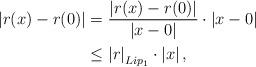
LaTeX: \begin{align*}\left|r(x)-r(0)\right|&=\frac{\left|r(x)-r(0)\right|}{\left|x-0\right|}\cdot \left|x-0\right|\\&\leq \left|r\right|_{Lip_1}\cdot \left|x\right|,\end{align*}